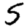
Digit: 5